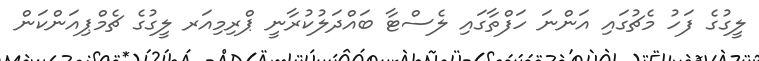
ލީގުގެ ފަހު މެޗުގައި އަންނަ ހަފްތާގައި ލެސްޓާ ބައްދަލުކުރާނީ ޕްރިމިއަރ ލީގުގެ ޗެމްޕިއަންކަން